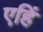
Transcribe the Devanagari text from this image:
एहिं